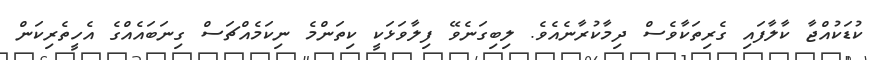
ކުޑަކުއްޖާ ކާލާފައި ގެރިތަކާވެސް ދިމާކުރާނެއެވެ. ލިބިގަނެވޭ ފިލާވަޅަކީ ކިތަންމެ ނިކަމެއްޗަސް ގިނަބައެއްގެ އެހީތެރިކަން